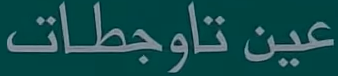
عين تاجطات